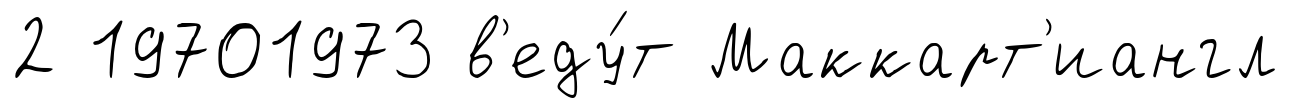
2 19701973 в'еду́т Маккарт'иангл